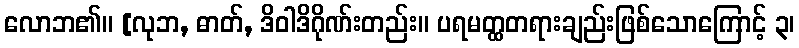
လောဘ၏။ [လုဘ, ဓာတ်, ဒိဝါဒိဂိုဏ်းတည်း။ ပရမတ္ထတရားချည်းဖြစ်သောကြောင့် ၃၊